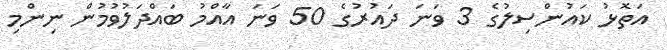
އަތޮޅު ކައުންސިލުގެ 3 ވަނަ ދައުރުގެ 50 ވަނަ އާއްމު ބައްދަލުވުމުން ނިންމި